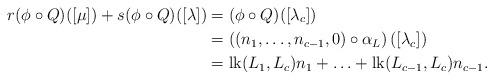
LaTeX: \begin{align*} r (\phi\circ Q)([\mu]) + s (\phi\circ Q)([\lambda]) &= (\phi\circ Q)([\lambda_c]) \\ &= \left ((n_1, \ldots, n_{c-1}, 0) \circ \alpha_L\right ) ([\lambda_c]) \\ &= \mathrm{lk}(L_1,L_c) n_1 + \ldots + \mathrm{lk}(L_{c-1},L_c) n_{c-1}.\end{align*}